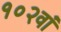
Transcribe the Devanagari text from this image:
१०२वां